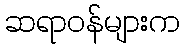
ဆရာဝန်များက